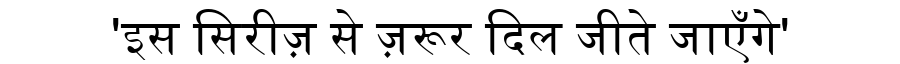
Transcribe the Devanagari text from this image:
'इस सिरीज़ से ज़रूर दिल जीते जाएँगे'